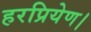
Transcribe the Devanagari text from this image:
हरप्रियेण।